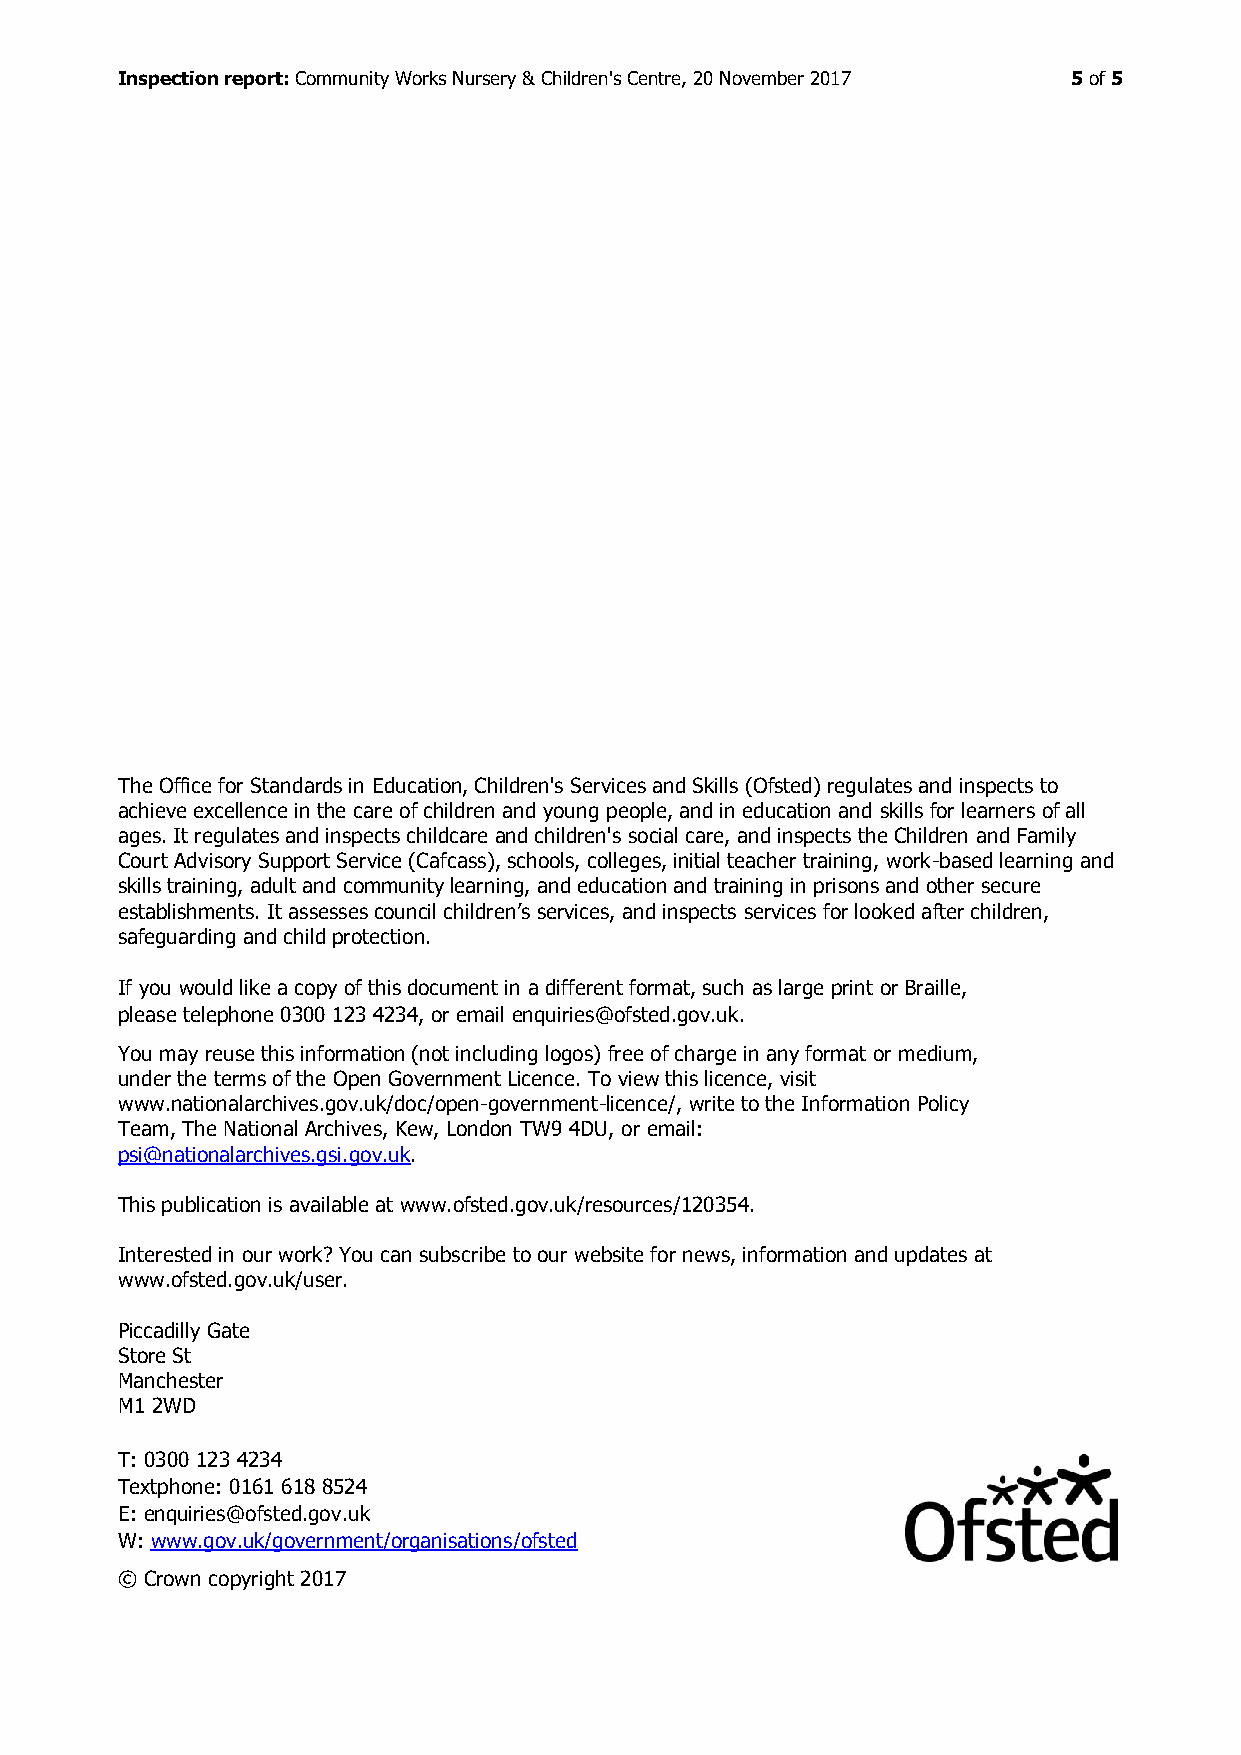
Inspection report: Community Works Nursery & Children's Centre, 20 November 2017 5 of 5
 The Office for Standards in Education, Children's Services and Skills (Ofsted) regulates and inspects to
 achieve excellence in the care of children and young people, and in education and skills for learners of all
 ages. It regulates and inspects childcare and children's social care, and inspects the Children and Family
 Court Advisory Support Service (Cafcass), schools, colleges, initial teacher training, work-based learning and
 skills training, adult and community learning, and education and training in prisons and other secure
 establishments. It assesses council children’s services, and inspects services for looked after children,
 safeguarding and child protection.
 If you would like a copy of this document in a different format, such as large print or Braille,
 please telephone 0300 123 4234, or email enquiries@ofsted.gov.uk.
 You may reuse this information (not including logos) free of charge in any format or medium,
 under the terms of the Open Government Licence. To view this licence, visit
 www.nationalarchives.gov.uk/doc/open-government-licence/, write to the Information Policy
 Team, The National Archives, Kew, London TW9 4DU, or email:
 psi@nationalarchives.gsi.gov.uk.
 This publication is available at www.ofsted.gov.uk/resources/120354.
 Interested in our work? You can subscribe to our website for news, information and updates at
 www.ofsted.gov.uk/user.
 Piccadilly Gate
 Store St
 Manchester
 M1 2WD
 T: 0300 123 4234
 Textphone: 0161 618 8524
 E: enquiries@ofsted.gov.uk
 W: www.gov.uk/government/organisations/ofsted
 © Crown copyright 2017